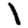
Digit: 1